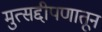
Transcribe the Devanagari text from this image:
मुत्सद्दीपणातून